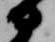
部